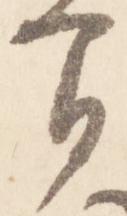
間